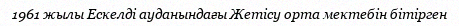
1961 жылы Ескелді ауданындағы Жетісу орта мектебін бітірген